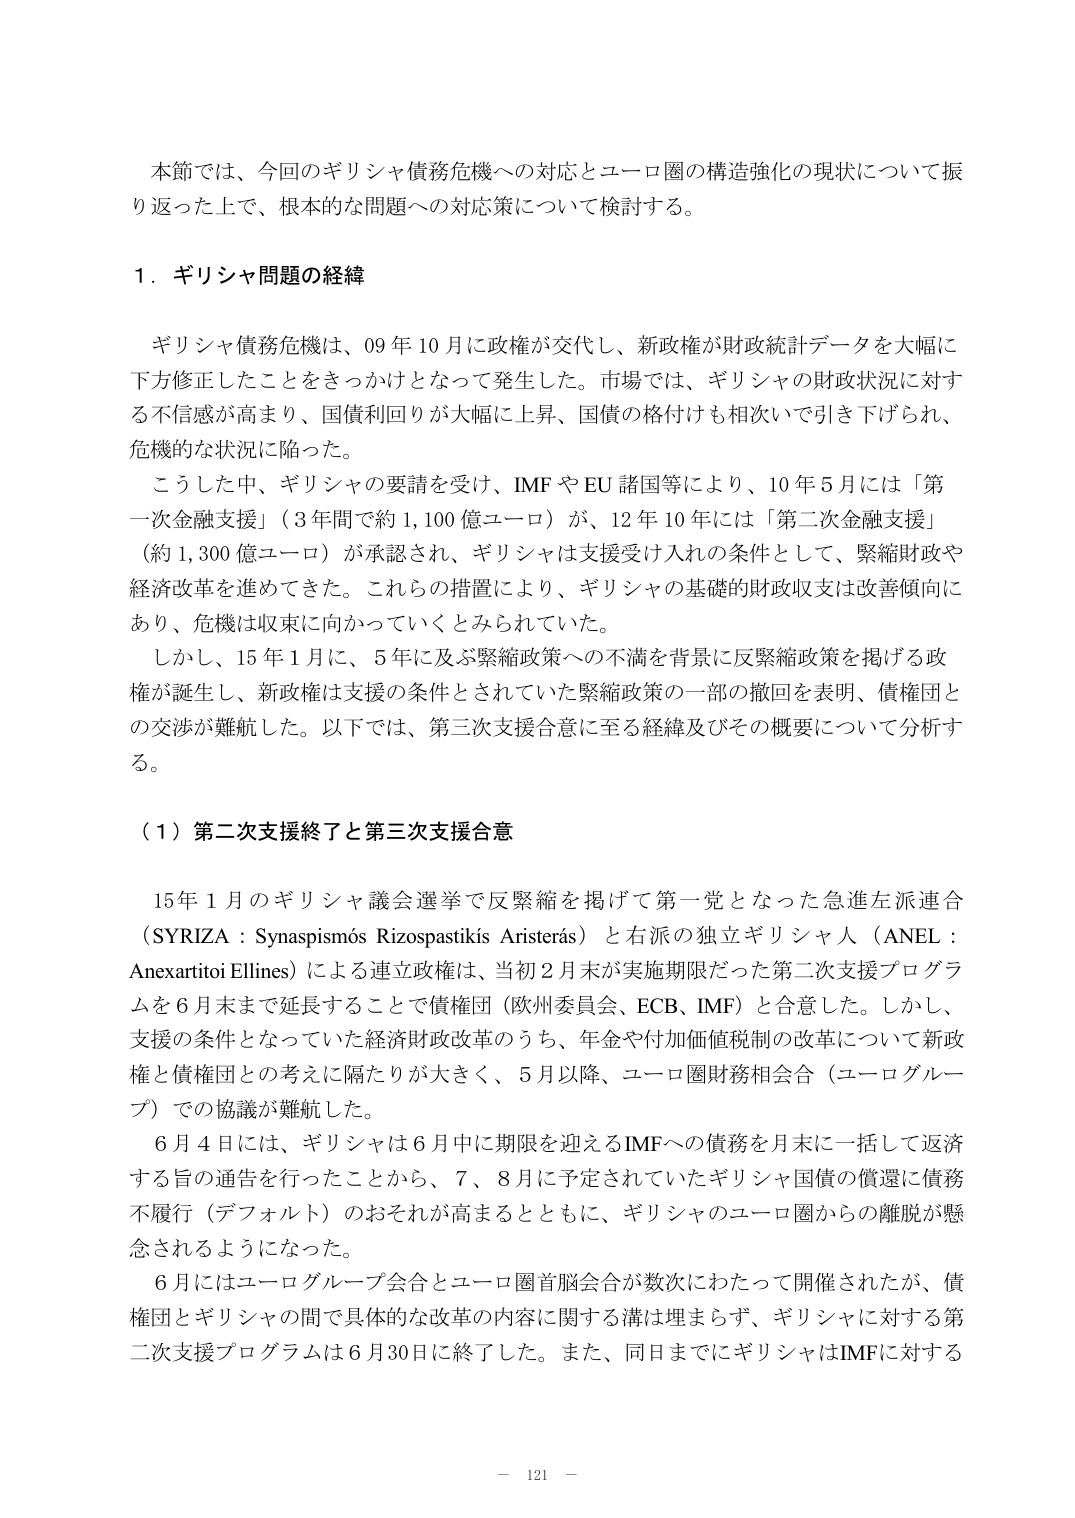
本節では、今回のギリシャ債務危機への対応とユーロ圏の構造強化の現状について振り返った上で、根本的な問題への対応策について検討する。

１．ギリシャ問題の経緯

ギリシャ債務危機は、09年10月に政権が交代し、新政権が財政統計データを大幅に下方修正したことをきっかけとなって発生した。市場では、ギリシャの財政状況に対する不信感が高まり、国債利回りが大幅に上昇、国債の格付けも相次いで引き下げられ、危機的な状況に陥った。

こうした中、ギリシャの要請を受け、IMFやEU諸国等により、10年5月には「第一次金融支援」（3年間で約1,100億ユーロ）が、12年10月には「第二次金融支援」（約1,300億ユーロ）が承認され、ギリシャは支援受け入れの条件として、緊縮財政や経済改革を進めてきた。これらの措置により、ギリシャの基礎的財政収支は改善傾向にあり、危機は収束に向かっていくとみられていた。

しかし、15年1月に、5年に及ぶ緊縮政策への不満を背景に反緊縮政策を掲げる政権が誕生し、新政権は支援の条件とされていた緊縮政策の一部の撤回を表明、債権団との交渉が難航した。以下では、第三次支援合意に至る経緯及びその概要について分析する。

（１）第二次支援終了と第三次支援合意

15年1月のギリシャ議会選挙で反緊縮を掲げて第一党となった急進左派連合（SYRIZA：Synaspismós Rizospastikís Aristerás）と右派の独立ギリシャ人（ANEL：Anexartitoi Ellines）による連立政権は、当初2月末が実施期限だった第二次支援プログラムを6月末まで延長することで債権団（欧州委員会、ECB、IMF）と合意した。しかし、支援の条件となっていた経済財政改革のうち、年金や付加価値税制の改革について新政権と債権団との考えに隔たりが大きく、5月以降、ユーロ圏財務相会合（ユーログループ）での協議が難航した。

6月4日には、ギリシャは6月中に期限を迎えるIMFへの債務を月末に一括して返済する旨の通告を行ったことから、7、8月に予定されていたギリシャ国債の償還に債務不履行（デフォルト）のおそれが高まるとともに、ギリシャのユーロ圏からの離脱が懸念されるようになった。

6月にはユーログループ会合とユーロ圏首脳会合が数次にわたって開催されたが、債権団とギリシャの間で具体的な改革の内容に関する溝は埋まらず、ギリシャに対する第二次支援プログラムは6月30日に終了した。また、同日までにギリシャはIMFに対する

－ 121 －